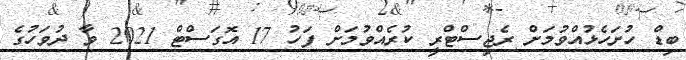
ބިޑް ހުށަހެޅުއްވުމަށް ރެޖިސްޓްރީ ކުރެއްވުމަށް ފަހު 17 އޮގަސްޓް 2021 ވާ ދުވަހުގެ